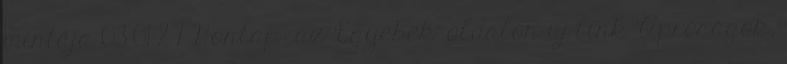
mintája 03-01-27 Honlap: az 'Egyebek' oldalon új link 'Apróságok,